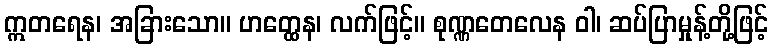
ဣတရေန၊ အခြားသော။ ဟတ္ထေန၊ လက်ဖြင့်။ စုဏ္ဏတေလေန ဝါ၊ ဆပ်ပြာမှုန့်တို့ဖြင့်